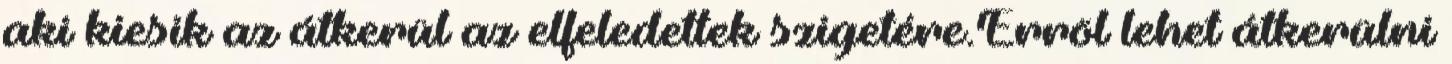
aki kiesik az átkerül az elfeledettek szigetére.Erröl lehet átkerülni